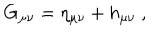
G _ { \mu \nu } = \eta _ { \mu \nu } + h _ { \mu \nu } \ ,